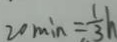
2 0 \min = \frac { 1 } { 3 } h